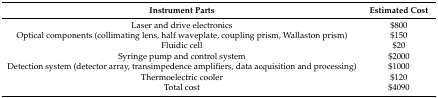
<table><thead><tr><td><b>Instrument Parts</b></td><td><b>Estimated Cost</b></td></tr></thead><tbody><tr><td>Laser and drive electronics</td><td>$800</td></tr><tr><td>Optical components (collimating lens, half waveplate, coupling prism, Wallaston prism)</td><td>$150</td></tr><tr><td>Fluidic cell</td><td>$20</td></tr><tr><td>Syringe pump and control system</td><td>$2000</td></tr><tr><td>Detection system (detector array, transimpedence amplifiers, data acquisition and processing)</td><td>$1000</td></tr><tr><td>Thermoelectric cooler</td><td>$120</td></tr><tr><td>Total cost</td><td>$4090</td></tr></tbody></table>